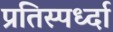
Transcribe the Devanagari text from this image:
प्रतिस्पर्ध्दा